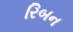
રિબન